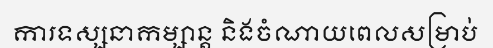
ការទស្សនាកម្សាន្ត និងចំណាយពេលសម្រាប់